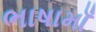
ભાષામાઁ